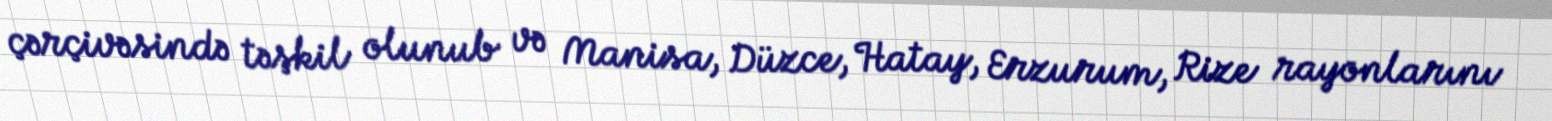
çərçivəsində təşkil olunub və Manisa, Düzce, Hatay, Erzurum, Rize rayonlarını